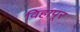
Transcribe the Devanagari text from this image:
विहापूर